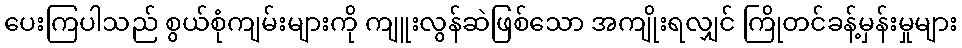
ပေးကြပါသည် စွယ်စုံကျမ်းများကို ကျူးလွန်ဆဲဖြစ်သော အကျိုးရလျှင် ကြိုတင်ခန့်မှန်းမှုများ